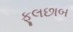
ફૂલછાબ